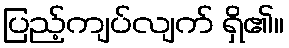
ပြည့်ကျပ်လျက် ရှိ၏။